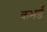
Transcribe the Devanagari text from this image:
कभर्ड